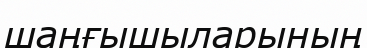
шаңғышыларының